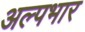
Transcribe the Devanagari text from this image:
अल्पभार